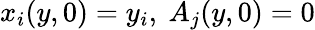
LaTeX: x_{i}(y,0)=y_{i},\ A_{j}(y,0)=0